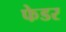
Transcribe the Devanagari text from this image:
फेडर